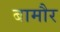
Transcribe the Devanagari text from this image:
बामौर